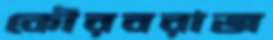
কৌরবরাজ